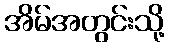
အိမ်အတွင်းသို့